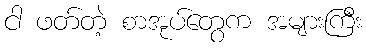
ငါ ဖတ်တဲ့ စာအုပ်တွေက အများကြီး